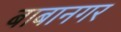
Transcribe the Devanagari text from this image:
बाबानगर